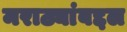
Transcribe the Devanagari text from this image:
मराठ्यांबद्दल